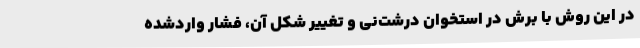
در این روش با برش در استخوان درشت‌نی و تغییر شکل آن، فشار واردشده